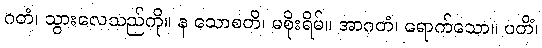
ဂတံ၊ သွားလေသည်ကို။ န သောစတိ၊ မစိုးရိမ်။ အာဂတံ၊ ရောက်သော။ ပတိံ၊